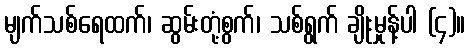
မျက်သစ်ရေထက်၊ ဆွမ်းတုံ့စွက်၊ သစ်ရွက် ချိုးမှုန့်ပါ (၄)။